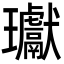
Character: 瓛